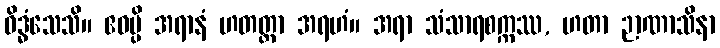
ဝိဒ္ဓံသေသိ။ ဧဝမ္ပိ အရာနံ ဟတတ္တာ အရဟံ။ အရာ သံသာရစက္ကဿ, ဟတာ ဉာဏာသိနာ